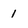
Character: 1